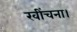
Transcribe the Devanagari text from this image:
खींचना।